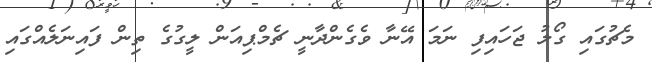
މެޗުގައި ގޯލު ޖަހައިފި ނަމަ އޭނާ ވެގެންދާނީ ޗެމްޕިއަން ލީގުގެ ތިން ފައިނަލެއްގައި